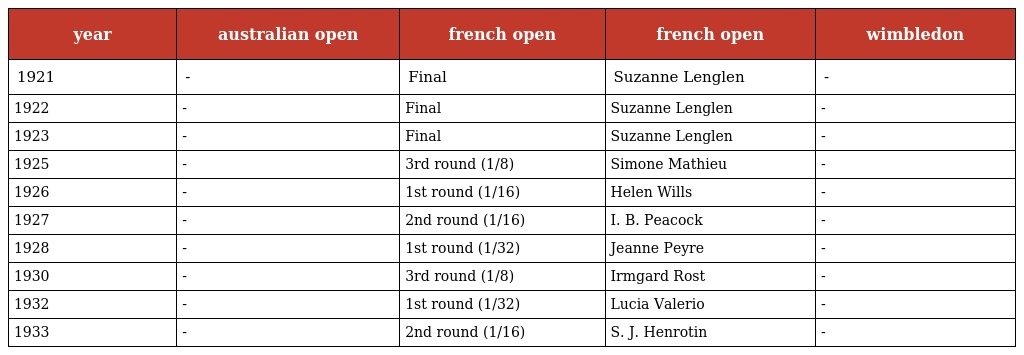
| year | australian open | french open | french open | wimbledon |
 | --- | --- | --- | --- | --- |
 | 1921 | - | Final | Suzanne Lenglen | - |
 | 1922 | - | Final | Suzanne Lenglen | - |
 | 1923 | - | Final | Suzanne Lenglen | - |
 | 1925 | - | 3rd round (1/8) | Simone Mathieu | - |
 | 1926 | - | 1st round (1/16) | Helen Wills | - |
 | 1927 | - | 2nd round (1/16) | I. B. Peacock | - |
 | 1928 | - | 1st round (1/32) | Jeanne Peyre | - |
 | 1930 | - | 3rd round (1/8) | Irmgard Rost | - |
 | 1932 | - | 1st round (1/32) | Lucia Valerio | - |
 | 1933 | - | 2nd round (1/16) | S. J. Henrotin | - |